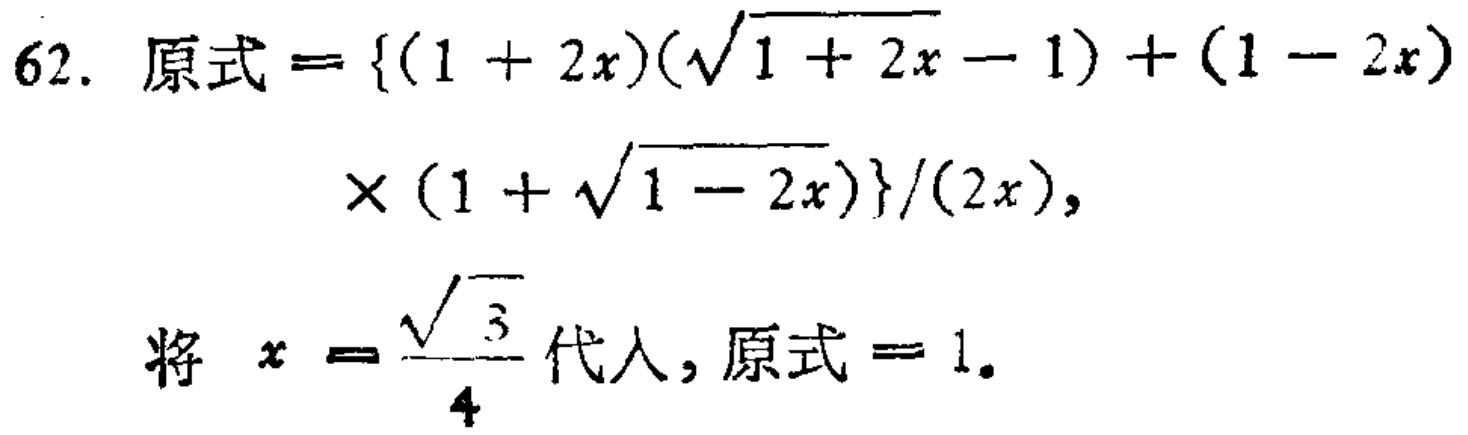
62. 原式 = \(\{ (1 + 2x)(\sqrt{1 + 2x}-1)+(1 - 2x)\times(1+\sqrt{1 - 2x})\}/(2x)\)，

将 \(x = \frac{\sqrt{3}}{4}\) 代入，原式 = \(1\)。